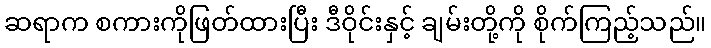
ဆရာက စကားကိုဖြတ်ထားပြီး ဒီဝိုင်းနှင့် ချမ်းတို့ကို စိုက်ကြည့်သည်။